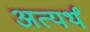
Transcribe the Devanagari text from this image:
अत्यर्थं